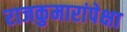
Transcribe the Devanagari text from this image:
राजकुमारांपेक्षा